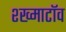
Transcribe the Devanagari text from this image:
श्ख्माटॉव